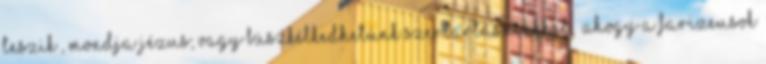
teszik”, mondja Jézus; vagy büszkélkedhetünk szertartásainkkal, „ahogy a farizeusok